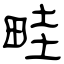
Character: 畦